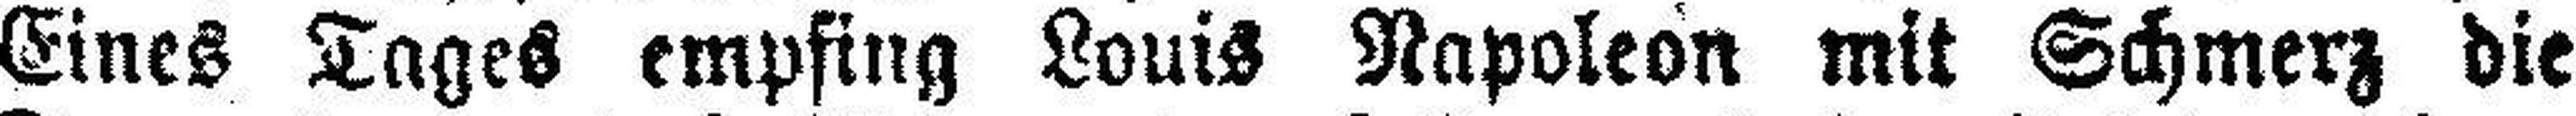
Eines Tages empfing Louis Napoleon mit Schmerz die